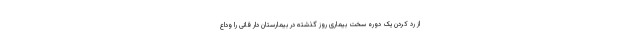
از رد کردن یک دوره سخت بیماری روز گذشته در بیمارستان دار فانی را وداع